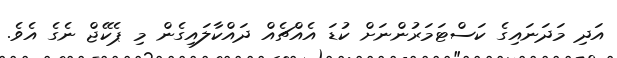
އަދި މަދަނައިގެ ކަސްޓަމަރުންނަށް ކުޑަ އެއްޗެއް ދައްކާލައިގެން މި ޕެކޭޖް ނެގެ އެވެ.